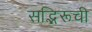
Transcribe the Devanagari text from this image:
सद्भिरूची